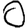
Digit: 0